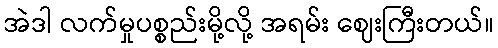
အဲဒါ လက်မှုပစ္စည်းမို့လို့ အရမ်း ဈေးကြီးတယ်။